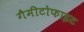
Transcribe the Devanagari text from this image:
गैमीटोफाइट